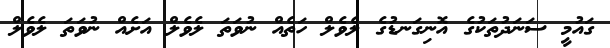
ގައުމީ ސަނަދުތަކުގެ އޮނިގަނޑުގެ ލެވެލް ހަތެއް ނުވަތަ ލެވެލް އަށެއް ނުވަތަ ލެވެލް